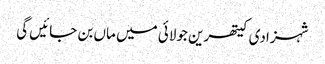
شہزادی کیتھرین جولائی میں ماں بن جائیں گی